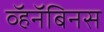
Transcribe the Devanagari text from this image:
व्हॅनॅबिनस